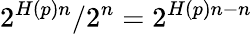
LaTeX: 2^{H(p)n}/2^{n}=2^{H(p)n-n}